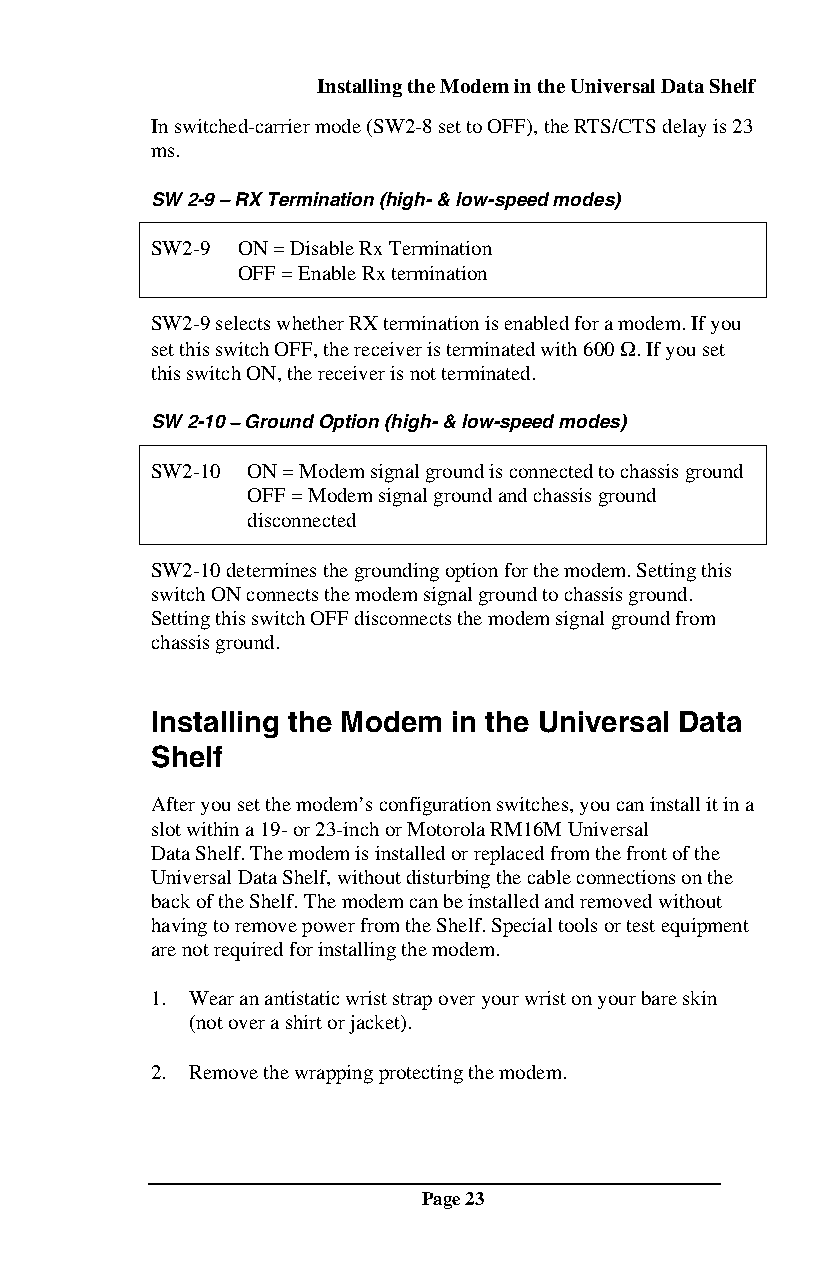
Installing the Modem in the Universal Data Shelf
 In switched-carrier mode (SW2-8 set to OFF), the RTS/CTS delay is 23
 ms.
 SW 2-9 − RX Termination (high- & low-speed modes)
 SW2-9 ON = Disable Rx Termination
 OFF = Enable Rx termination
 SW2-9 selects whether RX termination is enabled for a modem. If you
 set this switch OFF, the receiver is terminated with 600 Ω. If you set
 this switch ON, the receiver is not terminated.
 SW 2-10 − Ground Option (high- & low-speed modes)
 SW2-10 ON = Modem signal ground is connected to chassis ground
 OFF = Modem signal ground and chassis ground
 disconnected
 SW2-10 determines the grounding option for the modem. Setting this
 switch ON connects the modem signal ground to chassis ground.
 Setting this switch OFF disconnects the modem signal ground from
 chassis ground.
 Installing the Modem in the Universal Data
 Shelf
 After you set the modem’s configuration switches, you can install it in a
 slot within a 19- or 23-inch or Motorola RM16M Universal
 Data Shelf. The modem is installed or replaced from the front of the
 Universal Data Shelf, without disturbing the cable connections on the
 back of the Shelf. The modem can be installed and removed without
 having to remove power from the Shelf. Special tools or test equipment
 are not required for installing the modem.
 1. Wear an antistatic wrist strap over your wrist on your bare skin
 (not over a shirt or jacket).
 2. Remove the wrapping protecting the modem.
 Page 23